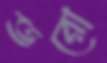
ভরো